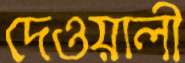
দেওয়ালী